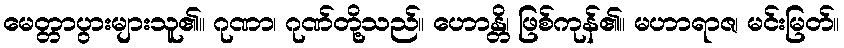
မေတ္တာပွားများသူ၏။ ဂုဏာ၊ ဂုဏ်တို့သည်။ ဟောန္တိ၊ ဖြစ်ကုန်၏။ မဟာရာဇ၊ မင်းမြတ်။